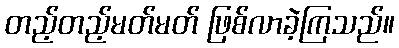
တည့်တည့်မတ်မတ် ဖြစ်လာခဲ့ကြသည်။